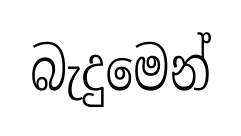
බැදුමෙන්